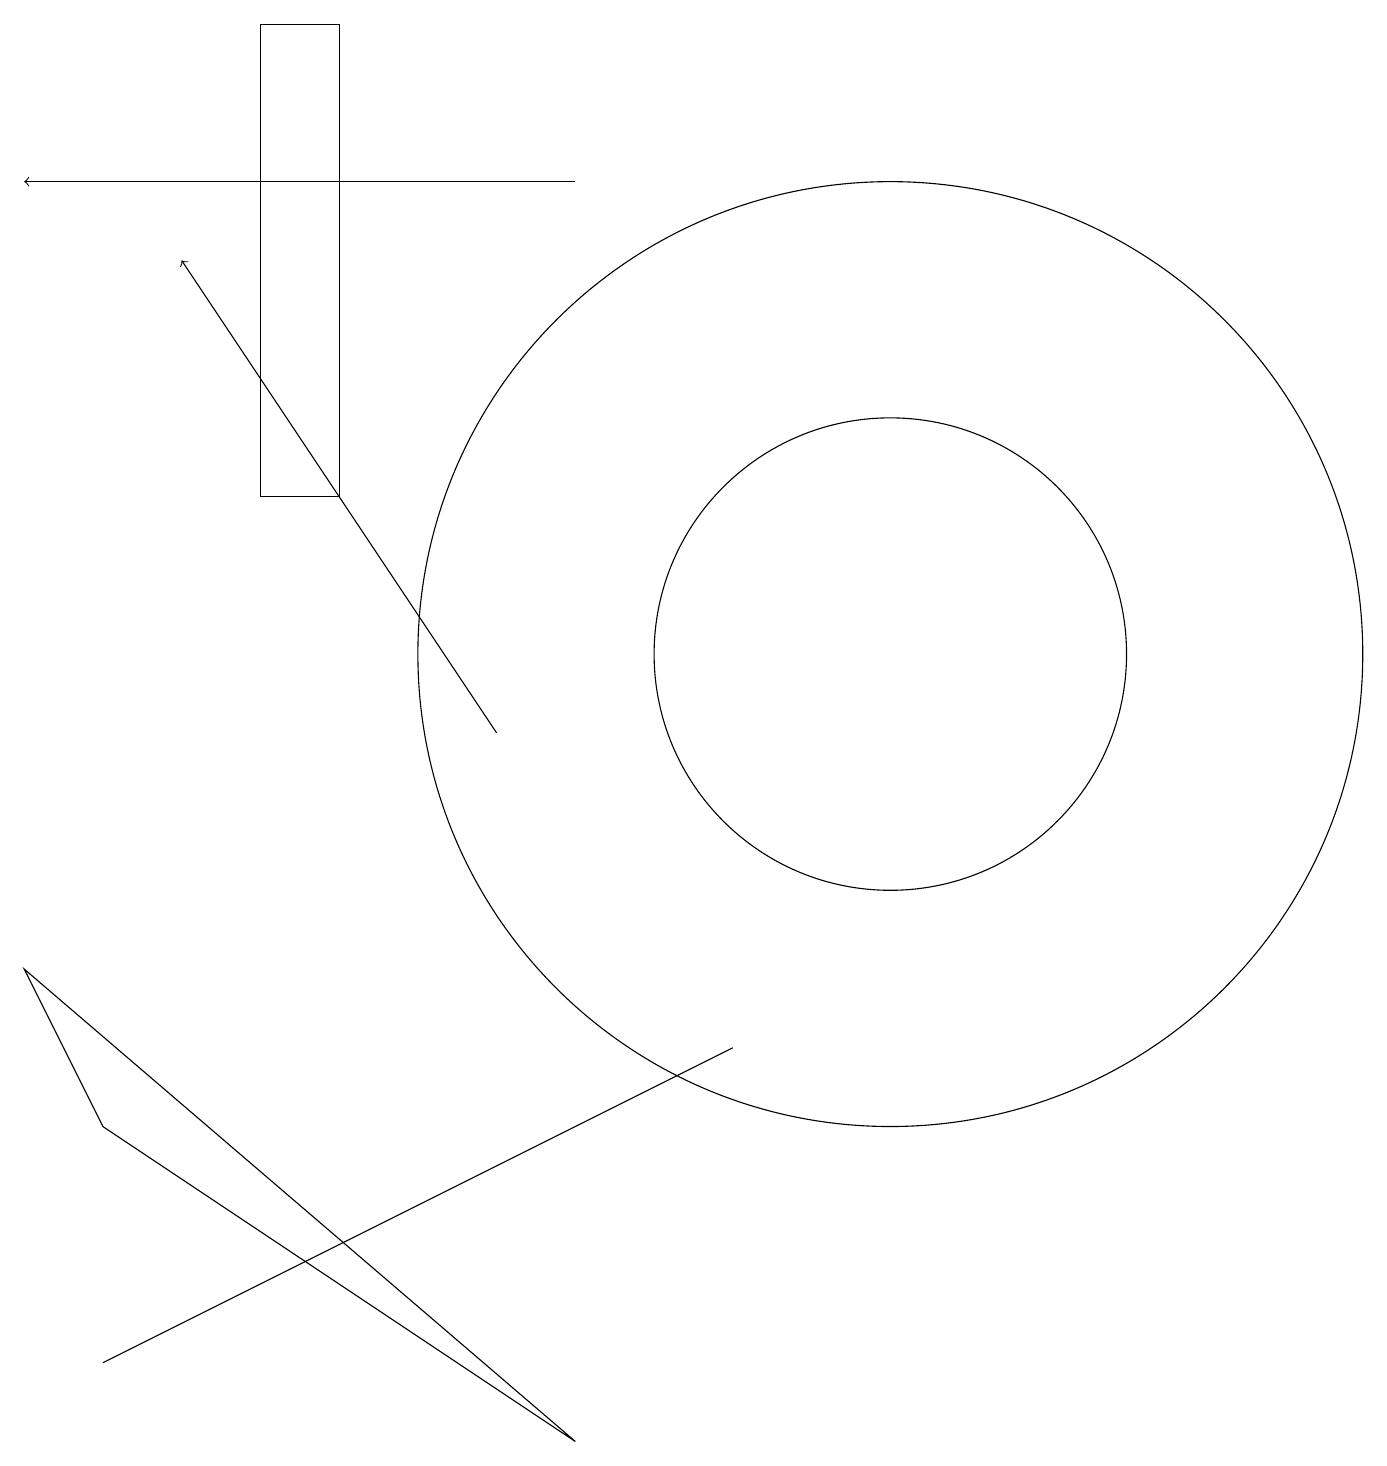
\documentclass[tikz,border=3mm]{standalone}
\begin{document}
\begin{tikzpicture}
\draw (4,13) rectangle (3,19);
\draw (11,10) circle (0);
\draw[->] (7,17) -- (0,17);
\draw (9,6) -- (1,2) -- (5,4) -- cycle;
\draw[->] (6,10) -- (2,16);
\draw (11,11) circle (3);
\draw (1,5) -- (7,1) -- (0,7) -- cycle;
\draw (11,11) circle (6);
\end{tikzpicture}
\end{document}